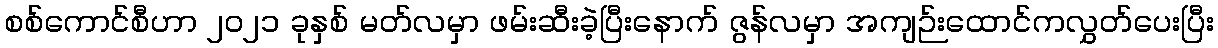
စစ်ကောင်စီဟာ ၂၀၂၁ ခုနှစ် မတ်လမှာ ဖမ်းဆီးခဲ့ပြီးနောက် ဇွန်လမှာ အကျဉ်းထောင်ကလွှတ်ပေးပြီး